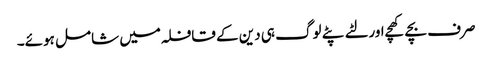
صرف بچے کھچے اور لٹے پٹے لوگ ہی دین کے قافلہ میں شامل ہوئے۔